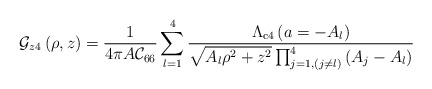
\begin{align*}{\cal G}_{z 4}\left(\rho,z\right)={\displaystyle\frac{1}{4\pi A{\cal C}_{66}}\sum_{l=1}^{4}{\frac{\Lambda_{\rm{c4}}\left(a=-A_l\right)}{\sqrt{A_l\rho^2+z^2}\prod_{j=1,(j\neq l)}^{4}{\left(A_j-A_l\right)}}}}\end{align*}